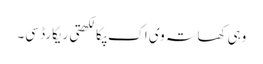
وہی کھاتہ وی اک پکا لکھتی ریکارڈ سی۔